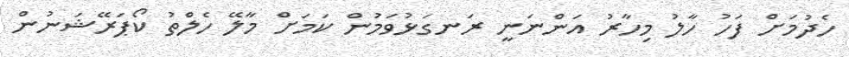
ހެދުމަށް ފަހު ހާލު މިހާރު އަންނަނީ ރަނގަޅުވަމުން ކަމަށް މާލޭ ހެލްތު ކޯޕަރޭޝަނުން